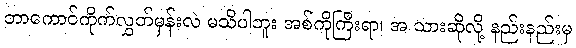
ဘာကောင်ကိုက်လွှတ်မှန်းလဲ မသိပါဘူး အစ်ကိုကြီးရာ၊ အ သားဆိုလို့ နည်းနည်းမှ